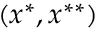
( x ^ { * } , x ^ { * * } )